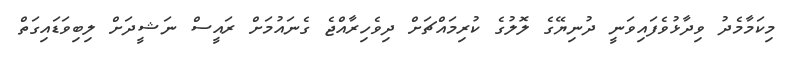
މިކަމާމެދު ވިދާޅުވެފައިވަނީ ދުނިޔޭގެ ލޮލުގެ ކުރިމައްޗަށް ދިވެހިރާއްޖެ ގެނައުމަށް ރައީސް ނަޝީދަށް ލިބިވަޑައިގަތް